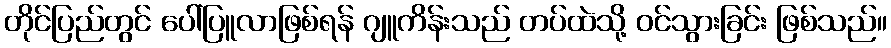
တိုင်ပြည်တွင် ပေါ်ပြူလာဖြစ်ရန် ဂျူကိန်းသည် တပ်ထဲသို့ ဝင်သွားခြင်း ဖြစ်သည်။